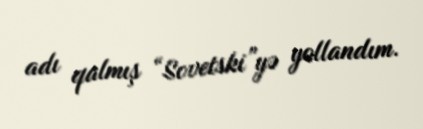
adı qalmış “Sovetski”yə yollandım.